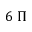
6 \; \Pi